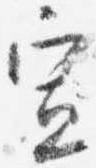
宣